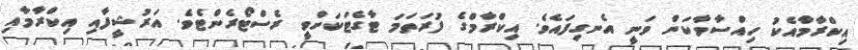
އިކްރާމާއެކު ހިއްސާވާކަން ވަނީ އެނގިފައެވެ. އިކްރާމްގެ ފުރަތަމަ ޓާގެޓަކަށްވީ ރެސްޓޯރެންޓެވެ. އަރުޝީފާއި އިކްރާމާއި